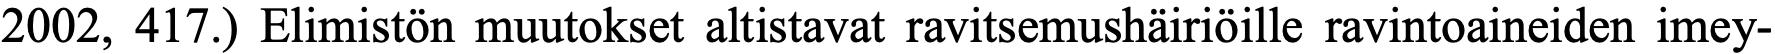
2002, 417.) Elimistön muutokset altistavat ravitsemushäiriöille ravintoaineiden imey-